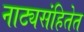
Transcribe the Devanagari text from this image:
नाट्यसंहितेत